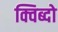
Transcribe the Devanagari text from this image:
क्विब्दो